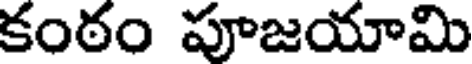
కంఠం పూజయామి